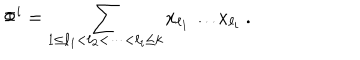
\Phi ^ { i } = \sum _ { 1 \leq \ell _ { 1 } < \ell _ { 2 } < \cdots < \ell _ { i } \leq k } x _ { \ell _ { 1 } } \ldots x _ { \ell _ { i } } ~ .